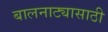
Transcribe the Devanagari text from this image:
बालनाट्यासाठी